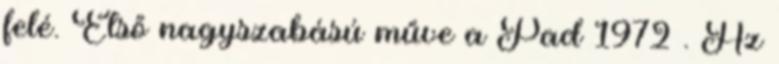
felé. Első nagyszabású műve a Pad 1972 . Az